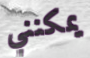
يمكنني